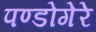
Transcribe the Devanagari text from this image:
पण्डोगेरे